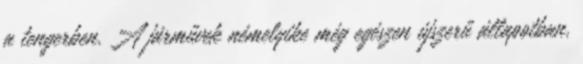
a tengerben. A járművek némelyike még egészen újszerű állapotban,